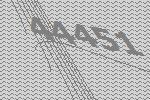
44451